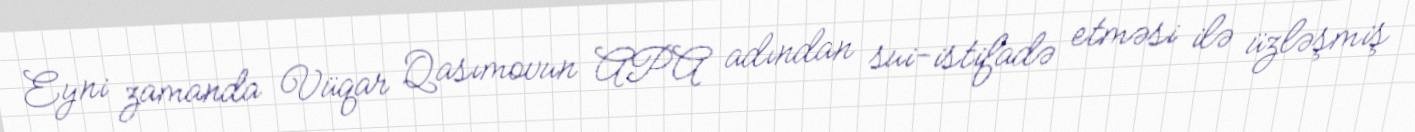
Eyni zamanda Vüqar Qasımovun APA adından sui-istifadə etməsi ilə üzləşmiş